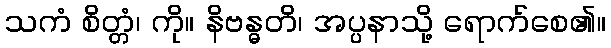
သကံ စိတ္တံ၊ ကို။ နိဗန္ဓတိ၊ အပ္ပနာသို့ ရောက်စေ၏။